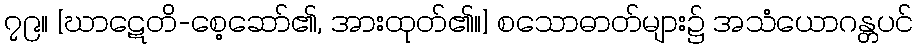
၇၉။ [ဃာဋေတိ-စေ့ဆော်၏, အားထုတ်၏။] စသောဓာတ်များ၌ အသံယောဂန္တပင်